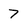
Character: 7